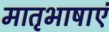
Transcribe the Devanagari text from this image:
मातृभाषाएं